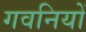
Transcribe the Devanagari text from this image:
गवनियों